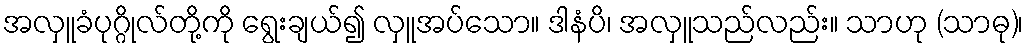
အလှူခံပုဂ္ဂိုလ်တို့ကို ရွေးချယ်၍ လှူအပ်သော။ ဒါနံပိ၊ အလှူသည်လည်း။ သာဟု (သာဓု)၊